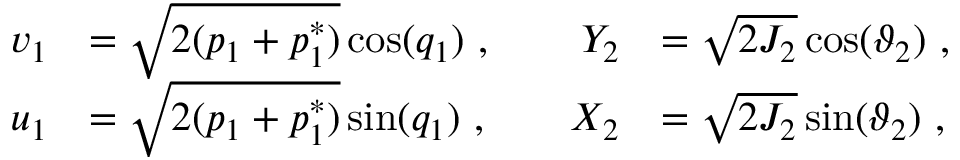
\begin{array} { r l r l } { v _ { 1 } } & { = \sqrt { 2 ( p _ { 1 } + p _ { 1 } ^ { * } ) } \cos ( q _ { 1 } ) \ , \quad } & { Y _ { 2 } } & { = \sqrt { 2 J _ { 2 } } \cos ( \vartheta _ { 2 } ) \ , } \\ { u _ { 1 } } & { = \sqrt { 2 ( p _ { 1 } + p _ { 1 } ^ { * } ) } \sin ( q _ { 1 } ) \ , \quad } & { X _ { 2 } } & { = \sqrt { 2 J _ { 2 } } \sin ( \vartheta _ { 2 } ) \ , } \end{array}